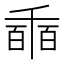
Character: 𠃇